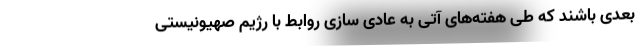
بعدی باشند که طی هفته‌های آتی به عادی سازی روابط با رژیم صهیونیستی